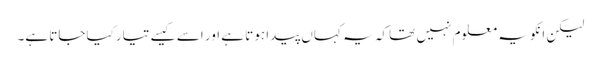
لیکن انکو یہ معلوم نہیں تھا کہ یہ کہاں پیدا ہوتا ہے اور اسے کیسے تیار کیاجاتا ہے۔